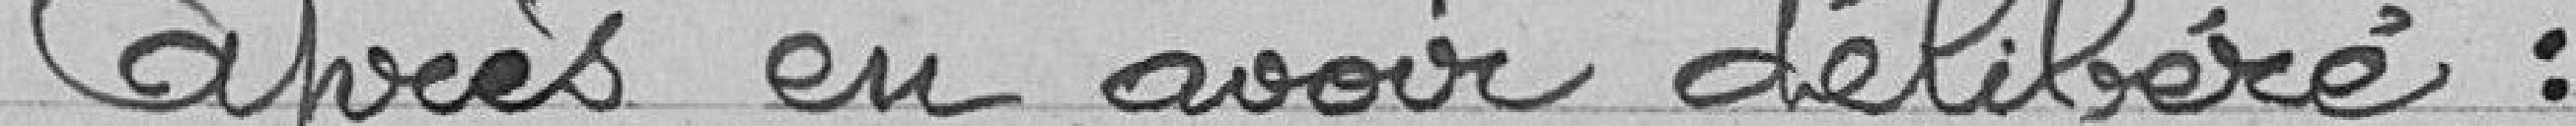
Après en avoir délibéré :